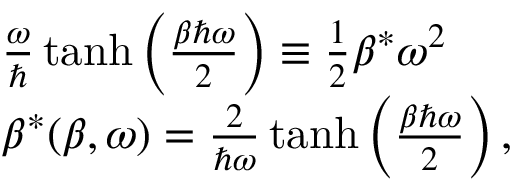
\begin{array} { r l } & { \frac { \omega } { \hbar } \operatorname { t a n h } \left( \frac { \beta \hbar \omega } { 2 } \right) \equiv \frac { 1 } { 2 } \beta ^ { * } \omega ^ { 2 } } \\ & { \beta ^ { * } ( \beta , \omega ) = \frac { 2 } { \hbar \omega } \operatorname { t a n h } \left( \frac { \beta \hbar \omega } { 2 } \right) , } \end{array}